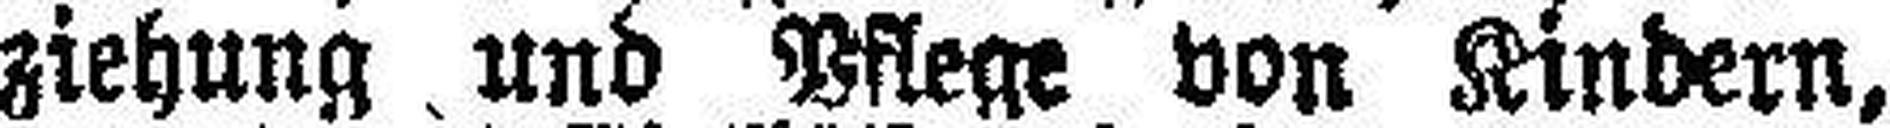
ziehung und Pflege von Kindern,